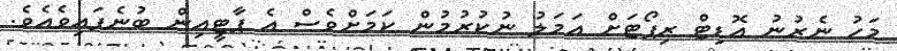
މަހު ނެރުނު އޮޑިޓް ރިޕޯޓަށް އަމަލު ނުކުރުމުން ކަމަށްވެސް އެ ޕާޓީއިން ބުނެފައިވެއެވެ.